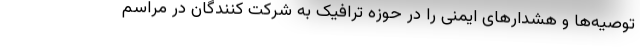
توصیه‌ها و هشدارهای ایمنی را در حوزه ترافیک به شرکت کنندگان در مراسم